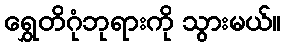
ရွှေတိဂုံဘုရားကို သွားမယ်။